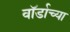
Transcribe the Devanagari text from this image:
वॉर्डाच्या